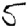
Digit: 5